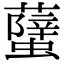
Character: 𧒣